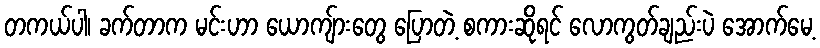
တကယ်ပါ၊ ခက်တာက မင်းဟာ ယောကျ်ားတွေ ပြောတဲ့ စကားဆိုရင် လောကွတ်ချည်းပဲ အောက်မေ့